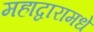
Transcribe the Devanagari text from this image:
महाद्वारामधे